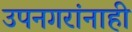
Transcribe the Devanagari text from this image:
उपनगरांनाही